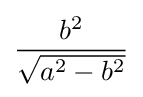
{\frac {b^{2}}{\sqrt {a^{2}-b^{2}}}}